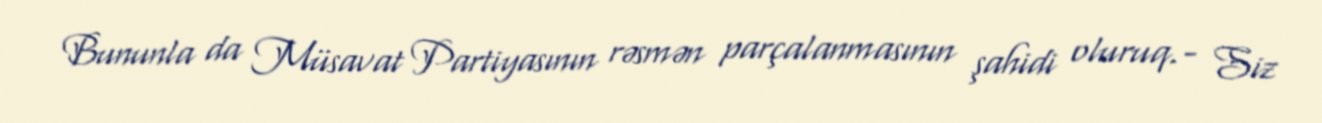
Bununla da Müsavat Partiyasının rəsmən parçalanmasının şahidi oluruq.- Siz